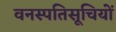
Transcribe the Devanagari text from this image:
वनस्पतिसूचियों